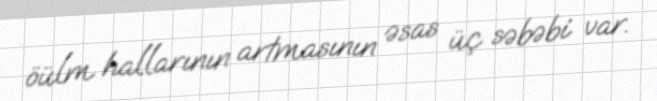
öülm hallarının artmasının əsas üç səbəbi var.